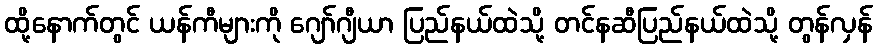
ထို့နောက်တွင် ယန်ကီများကို ဂျော်ဂျီယာ ပြည်နယ်ထဲသို့ တင်နဆီပြည်နယ်ထဲသို့ တွန်လှန်